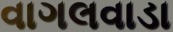
વાગલવાડા